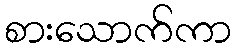
စားသောက်ကာ